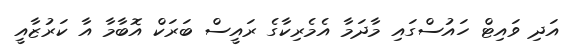
އަދި ވައިޓް ހައުސްގައި މާދަމާ އެމެރިކާގެ ރައީސް ބަރަކް އޮބާމާ އާ ކަރުޒާއީ